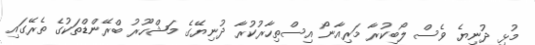
މުޅި ދުނިޔެ ވެސް ލޯބިކުރާ މަރިއާނޯ އިސްތިހާރުކުރާ ދުނިޔޭގެ މަޝްހޫރު ބްރޭންޑްތަކުގެ ތެރޭގައި